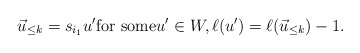
\begin{align*}\vec{u}_{\leq k} = s_{i_1} u' \mbox{for some} u' \in W, \ell(u') = \ell(\vec{u}_{\leq k}) -1.\end{align*}